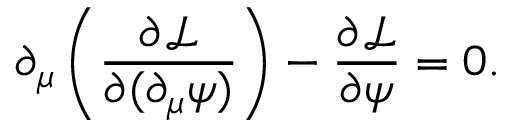
\partial _ { \mu } \left( { \frac { \partial { \mathcal { L } } } { \partial ( \partial _ { \mu } \psi ) } } \right) - { \frac { \partial { \mathcal { L } } } { \partial \psi } } = 0 .